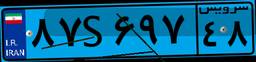
۹۴S۵۹۷۸۶